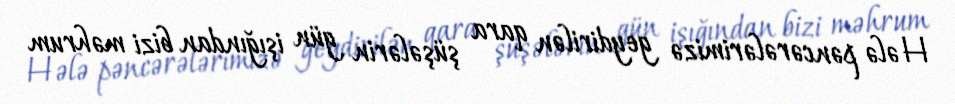
Hələ pəncərələrimizə geydirilən qara şüşələrin gün işığından bizi məhrum